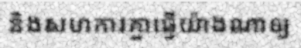
និងសហការគ្នាធ្វើយ៉ាងណាឲ្យ